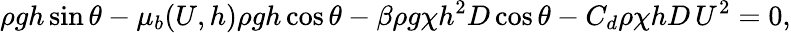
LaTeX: \rho gh\sin\theta-\mu_{b}(U,h)\rho gh\cos\theta-\beta\rho g\chi h^{2}D\cos\theta-C_{d}\rho\chi hD\, U^{2}=0,